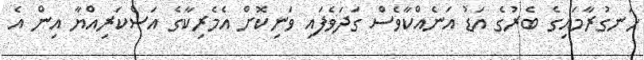
ހަނގުރާމައިގެ ބެރުގެ އަޑު އަނެއްކާވެސް ގަދަވެފައި ވަނިކޮށް އެމެރިކާގެ އަސްކަރިއްޔާ އިން އެ